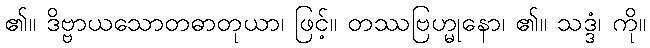
၏။ ဒိဗ္ဗာယသောတဓာတုယာ၊ ဖြင့်။ တဿဗြဟ္မုနော၊ ၏။ သဒ္ဒံ၊ ကို။